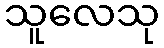
သူလေသု